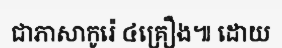
ជាភាសាកូរ៉េ ៤គ្រឿង៕ ដោយ